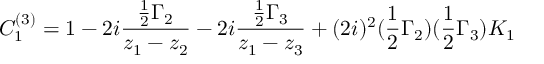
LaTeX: C _ { 1 } ^ { ( 3 ) } = 1 - 2 i { \frac { { \frac { 1 } { 2 } } \Gamma _ { 2 } } { z _ { 1 } - z _ { 2 } } } - 2 i { \frac { { \frac { 1 } { 2 } } \Gamma _ { 3 } } { z _ { 1 } - z _ { 3 } } } + ( 2 i ) ^ { 2 } ( { \frac { 1 } { 2 } } \Gamma _ { 2 } ) ( { \frac { 1 } { 2 } } \Gamma _ { 3 } ) K _ { 1 }